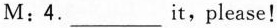
M : 4. ___ it, please!